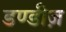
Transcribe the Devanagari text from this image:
डण्डीज़